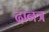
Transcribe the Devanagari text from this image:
दानत्र